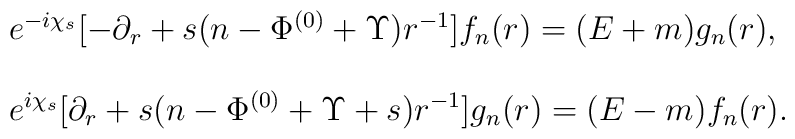
\begin{array}{l}e^{-i\chi_s}[-\partial_r+s(n-\Phi^{(0)}+\Upsilon)r^{-1}]f_n(r)=(E+m)g_n(r),\\\\e^{i\chi_s}[\partial_r+s(n-\Phi^{(0)}+\Upsilon+s)r^{-1}]g_n(r)=(E-m)f_n(r).\end{array}